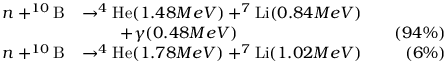
\begin{array} { r l r } { n + ^ { 1 0 } \mathrm { B } } & { \rightarrow ^ { 4 } \mathrm { H e } ( 1 . 4 8 M e V ) + ^ { 7 } \mathrm { L i } ( 0 . 8 4 M e V ) } \\ & { ~ ~ ~ ~ ~ ~ ~ + \gamma ( 0 . 4 8 M e V ) ~ ~ ~ } & { ( 9 4 \% ) } \\ { n + ^ { 1 0 } \mathrm { B } } & { \rightarrow ^ { 4 } \mathrm { H e } ( 1 . 7 8 M e V ) + ^ { 7 } \mathrm { L i } ( 1 . 0 2 M e V ) ~ ~ ~ } & { ( 6 \% ) } \end{array}